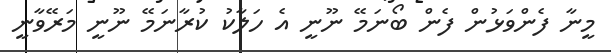
މީނާ ފެންވަޅުން ފެން ބޯނަމޭ ނޫނީ އެ ހަލާކު ކުރާނަމޭ ނޫނީ މަރޭވާނީ